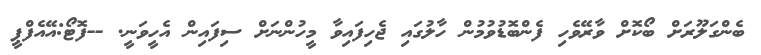
ބެންގަލޫރަށް ބޯކޮށް ވާރޭވެހި ފެންބޮޑުވުމުން ހާލުގައި ޖެހިފައިވާ މީހުންނަށް ސިފައިން އެހީވަނީ. --ފޮޓޯ:އޭއެފްޕީ